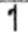
1